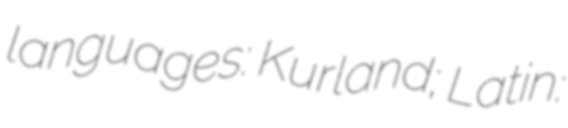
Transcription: languages: Kurland; Latin: